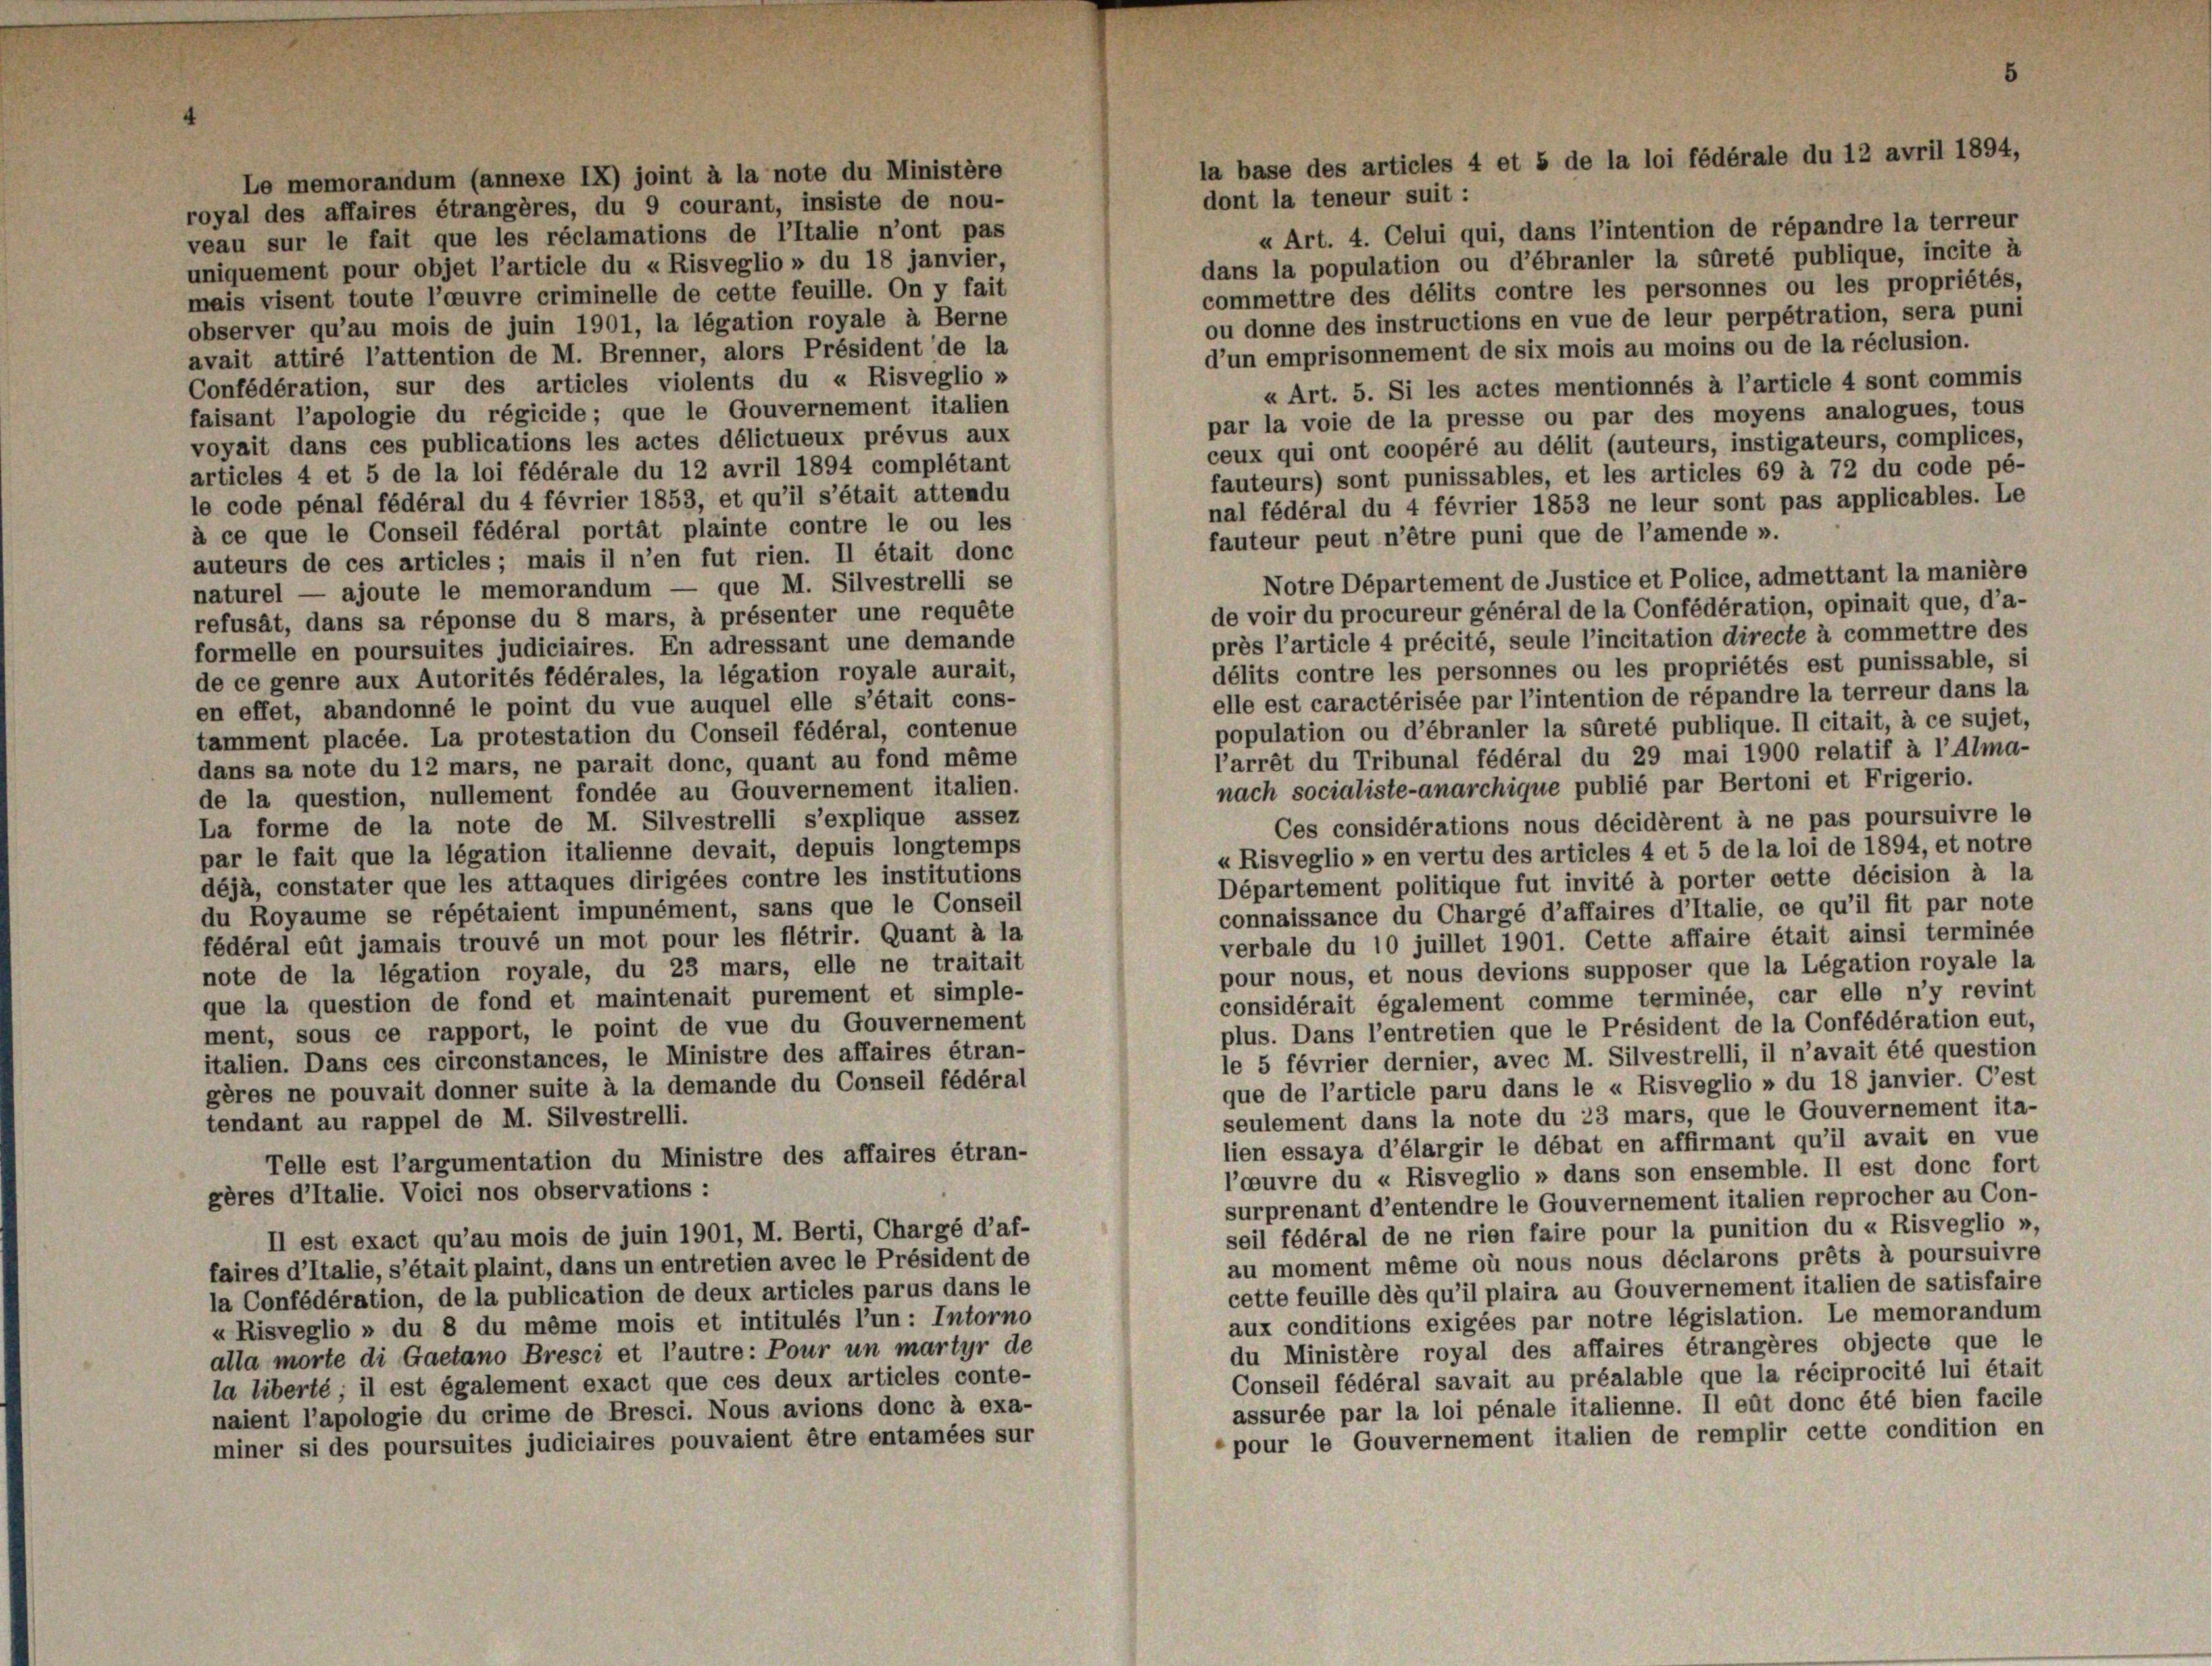
la base des articles 4 et 5 de la loi fédérale du 12 avril 1894,

Le memorandum (annexe IX) joint à la note du Ministère
dont la teneur suit:
royal des affaires étrangères, du 9 courant, insiste de nou-
« Art. 4. Celui qui, dans l’intention de répandre la terreur
veau sur le fait que les réclamations de l’Italie n’ont pas
dans la population ou d’ébranler la sûreté publique, incite à
uniquement pour objet l’article du «Risveglio » du 18 janvier,
commettre des délits contre les personnes ou les propriétés,
mais visent toute l’oeuvre criminelle de cette feuille. On y fait
ou donne des instructions en vue de leur perpétration, sera puni
observer qu’au mois de juin 1901, la légation royale à Berne
d’un emprisonnement de six mois au moins ou de la réclusion.
avait attiré l’attention de M. Brenner, alors Président de la
Confédération, sur des articles violents du « Risveglio »
« Art. 5. Si les actes mentionnés à l’article 4 sont commis
faisant l’apologie du régicide; que le Gouvernement italien
par la voie de la presse ou par des moyens analogues, tous
voyait dans ces publications les actes délictueux prévus aux
ceux qui ont coopéré au délit (auteurs, instigateurs, complices,
articles 4 et 5 de la loi fédérale du 12 avril 1894 complétant
fauteurs) sont punissables, et les articles 69 à 72 du code pé-
le code pénal fédéral du 4 février 1853, et qu’il s’était attendu
nal fédéral du 4 février 1853 ne leur sont pas applicables. Le
à ce que le Conseil fédéral portät plainte contre le ou les
fauteur peut n’être puni que de l’amende n.
auteurs de ces articles; mais il n’en fut rien. Il était donc
Notre Département de Justice et Police, admettant la manière
naturel — ajoute le memorandum — que M. Silvestrelli se
de voir du procureur général de la Confédération, opinait que, d’a-
refusät, dans sa réponse du 8 mars, à présenter une requête
près l’article 4 précité, seule l’incitation directe à commettre des
formelle en poursuites judiciaires. En adressant une demande
délits contre les personnes ou les propriétés est punissable, si
de ce genre aux Autorités fédérales, la légation royale aurait,
elle est caractérisée par l’intention de répandre la terreur dans la
en effet, abandonné le point du vue auquel elle s’était cons-
population ou d’ébranler la sûreté publique. Il citait, à ce sujet,
tamment placée. La protestation du Conseil fédéral, contenue
l’arrêt du Tribunal fédéral du 29 mai 1900 relatif à l’Alma-
dans sa note du 12 mars, ne parait donc, quant au fond même
nach socialiste-anarchique publié par Bertoni et Frigerio.
de la question, nullement fondée au Gouvernement italien.
Ces considérations nous décidèrent à ne pas poursuivre le
La forme de la note de M. Silvestrelli s’explique assez
par le fait que la légation italienne devait, depuis longtemps
«Risveglio » en vertu des articles 4 et 5 de la loi de 1894, et notre
déjà, constater que les attaques dirigées contre les institutions
Département politique fut invité à porter oette décision à la
du Royaume se répétaient impunément, sans que le Conseil
connaissance du Chargé d’affaires d’Italie, ce qu’il fit par note
fédéral eût jamais trouvé un mot pour les flétrir. Quant à la
verbale du 10 juillet 1901. Cette affaire était ainsi terminée
pour nous, et nous devions supposer que la Légation royale la
note de la légation royale, du 23 mars, elle ne traitait
considérait également comme terminée, car elle n’y revint
que la question de fond et maintenait purement et simple-
plus. Dans l’entretien que le Président de la Confédération eut,
ment, sous ce rapport, le point de vue du Gouvernement
le 5 février dernier, avec M. Silvestrelli, il n’avait été question
italien. Dans ces circonstances, le Ministre des affaires étran-
que de l’article paru dans le « Risveglio » du 18 janvier. Cest
gères ne pouvait donner suite à la demande du Conseil fédéral
seulement dans la note du 23 mars, que le Gouvernement ita-
tendant au rappel de M. Silvestrelli.
lien essaya d’élargir le débat en affirmant qu’il avait en vue
Telle est l’argumentation du Ministre des affaires étran-
l’oeuvre du « Risveglio » dans son ensemble. Il est donc fort
gères d’Italie. Voici nos observations :
surprenant d’entendre le Gouvernement italien reprocher au Con-
seil fédéral de ne rien faire pour la punition du « Risveglio »,
Il est exact qu’au mois de juin 1901, M. Berti, Chargé d’af-
au moment même où nous nous déclarons prêts à poursuivre
faires d’Italie, s’était plaint, dans un entretien avec le Président de
cette feuille dès qu’il plaira au Gouvernement italien de satisfaire
la Confédération, de la publication de deux articles parus dans le
aux conditions exigées par notre législation. Le memorandum
«Risveglio » du 8 du même mois et intitulés l’un : Intorno
du Ministère royal des affaires étrangères objecte que le
alla morte di Gaetano Bresci et l’autre: Pour un martyr de
Conseil fédéral savait au préalable que la réciprocité lui était
la liberté; il est également exact que ces deux articles conte-
assurée par la loi pénale italienne. Il eût donc été bien facile
naient l’apologie du crime de Bresci. Nous avions donc à exa-
pour le Gouvernement italien de remplir cette condition en
miner si des poursuites judiciaires pouvaient être entamées sur